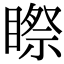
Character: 𥉻